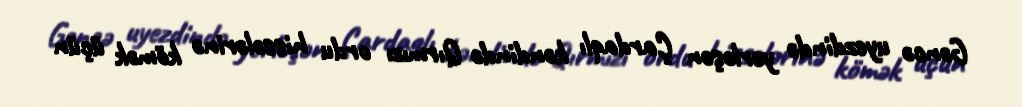
Gəncə uyezdində yerləşən Çardaqlı kəndində Qırmızı ordu hissələrinə kömək üçün